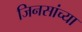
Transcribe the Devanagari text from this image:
जिनसांच्या